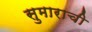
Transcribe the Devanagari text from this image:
सुमाराची